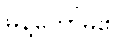
မိန့်တော်မူ၏။